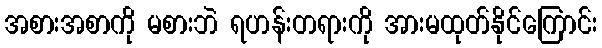
အစားအစာကို မစားဘဲ ရဟန်းတရားကို အားမထုတ်နိုင်ကြောင်း